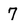
Character: 7